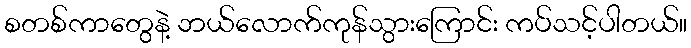
စတစ်ကာတွေနဲ့ ဘယ်လောက်ကုန်သွားကြောင်း ကပ်သင့်ပါတယ်။